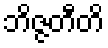
ဘိဇ္ဇတီတိ